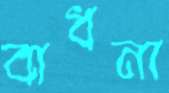
বাধনা